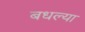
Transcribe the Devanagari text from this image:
बधल्या